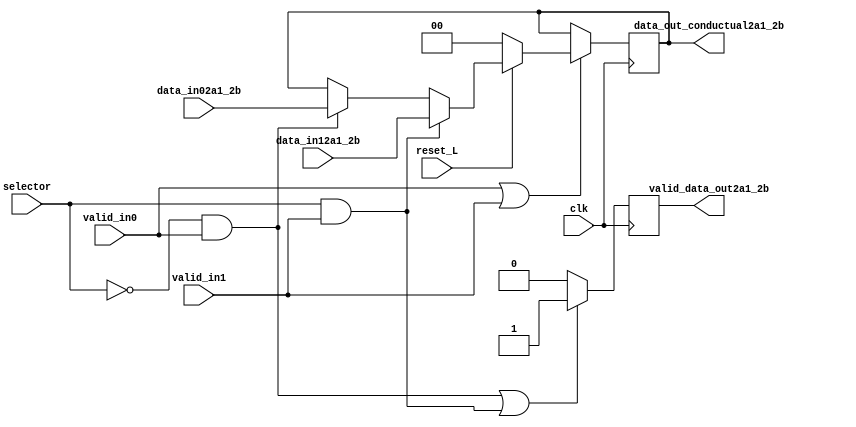
module mux2a1_2b_desc_conductual (
	input clk,
	input reset_L,
	input selector,
	input valid_in0,
	input valid_in1, 
	input [1:0] data_in02a1_2b,
	input [1:0] data_in12a1_2b,
	output reg [1:0] data_out_conductual2a1_2b,
	output reg  valid_data_out2a1_2b
	);	

	always @(posedge clk) begin
		if (valid_in0!=0 || valid_in1!=0)begin
			if (reset_L != 0)begin
	        	if (selector == 0 && valid_in0==1)
            		data_out_conductual2a1_2b <= data_in02a1_2b;  
				if (selector == 1 && valid_in1==1)
            		data_out_conductual2a1_2b <= data_in12a1_2b;
    		end

			else
		  		data_out_conductual2a1_2b <= 2'b00;  
			
		end

		if ((selector == 0 && valid_in0 != 0) || (selector == 1 && valid_in1 != 0))
			valid_data_out2a1_2b <= 1;
		
		else
			valid_data_out2a1_2b <= 0;


    end

endmodule